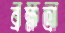
ব্রহ্মত্রা